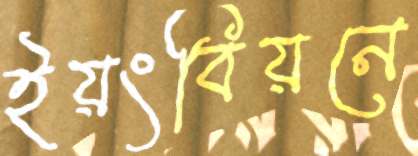
ইয়ংবিয়নে